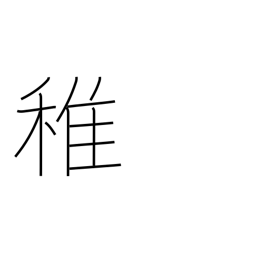
Meaning: immature